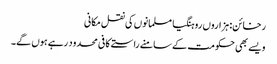
رخائن: ہزاروں روہنگیا مسلمانوں کی نقل مکانی
ویسے بھی حکومت کے سامنے راستے کافی محدود رہے ہوں گے۔